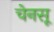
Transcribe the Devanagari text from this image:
चेनसू